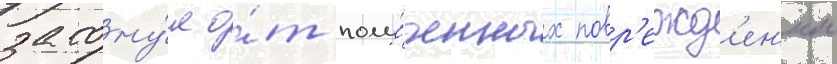
затону́л о́т полу́ченных повр'ежд'ен'ии